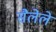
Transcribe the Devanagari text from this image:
सैलेले